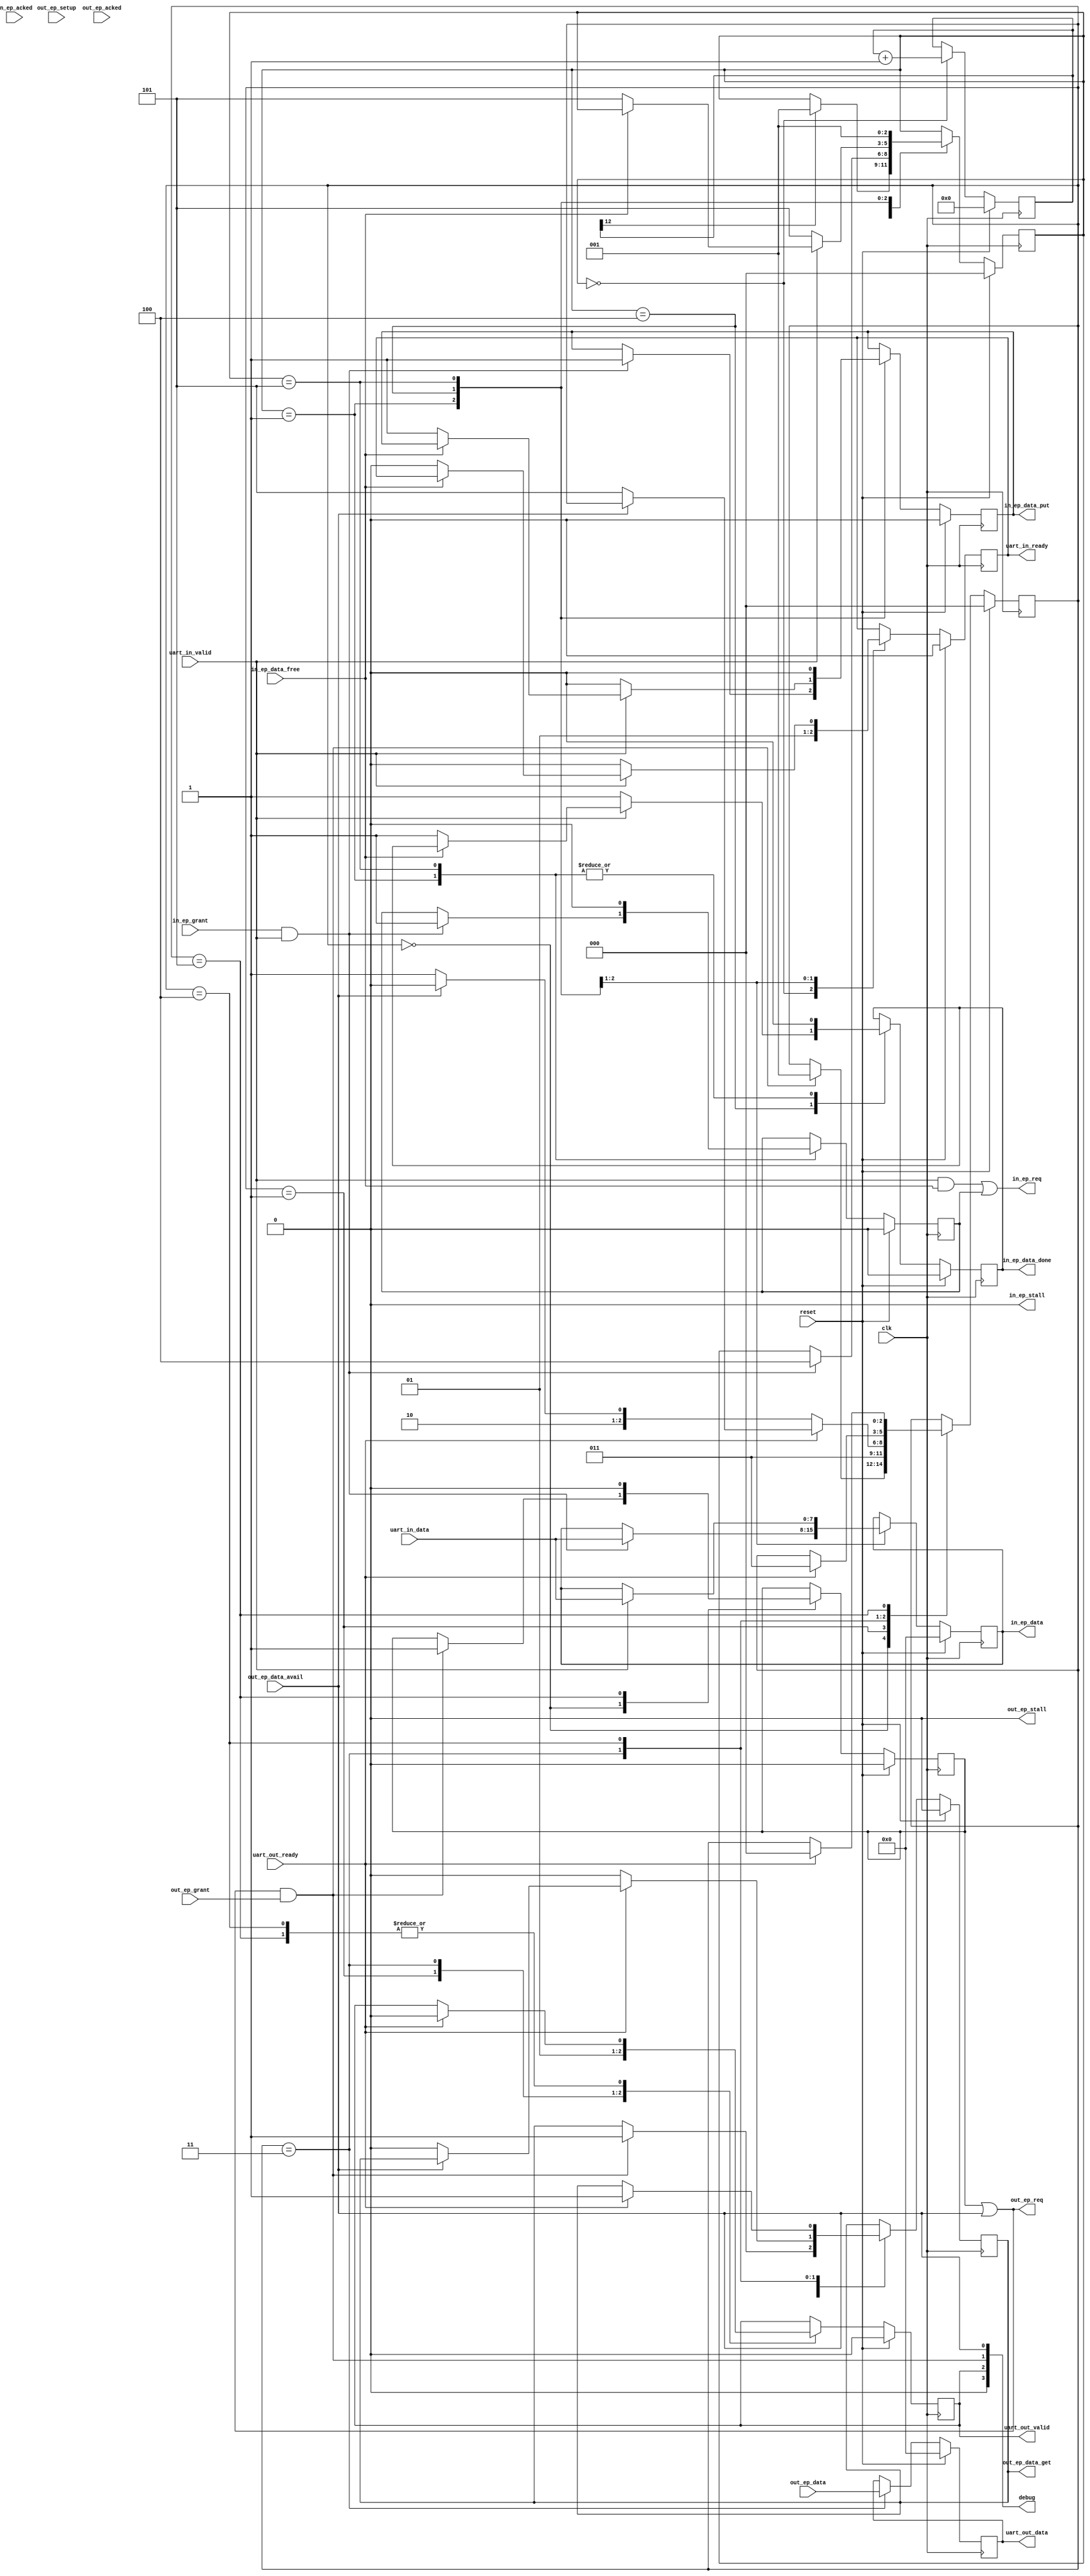
/*
    usb_uart_bridge_ep

    This is the endpoint to uart translator.  Two things to highlight:  the directions
    IN and OUT are set with respect to the HOST, and also the HOST runs all
    endpoint interactions.

    Pins

    The out endpoint interface.  This is the out w.r.t. the host, hence in to
    us.  There are request grant, data available and data get signals, stall and
    acked signals.  And the data itself.

    The in endpoint interface.  This is the in w.r.t. the host, hence out to us.
    This interface also has a req and grant.  There's a put signal and a free
    signal.  Stall and acked.  And the data.

    To get data in and out there are two pipeline interfaces - one in and one out.

    ToDo

    The arbitration code to mux the senders and receivers is combinatorial logic,
    not latched, so a cycle doesn't need to be spent on them.

        wire uart_byte_out_xfr_ready = out_ep_grant && out_ep_data_avail;
        wire uart_byte_in_xfr_ready = in_ep_grant && in_ep_data_free;

    We can just test this one thing.  Note this means we do not have to release it.

    In the original, endpoints are used to read and write at the same time (SPI traffic)
    so it is certainly possible.  It looks like they're even doing single cycle
    stuff, so there's some magic happening that we're not doing here.  Sadly a lot
    of the flow is implemented in combinatorial logic without training wheel
    comments so it's a little opaque to the uninitiated.

*/

module usb_uart_bridge_ep (
  input clk,
  input reset,

  ////////////////////
  // out endpoint interface
  ////////////////////
  output out_ep_req,               // request the data interface for the out endpoint
  input out_ep_grant,              // data interface granted
  input out_ep_data_avail,         // flagging data available to get from the host
  input out_ep_setup,              // [setup packet sent? - not used here]
  output out_ep_data_get,          // request to get the data - note this takes 2 cycles
  input [7:0] out_ep_data,         // data from the host
  output out_ep_stall,             // an output enabling the device to stop inputs
  input out_ep_acked,              // indicating that the outgoing data was acked

  ////////////////////
  // in endpoint interface
  ////////////////////
  output in_ep_req,                // request the data interface for the in endpoint
  input in_ep_grant,               // data interface granted
  input in_ep_data_free,           // end point is ready for data
  output in_ep_data_put,           // forces end point to read our data
  output [7:0] in_ep_data,         // data back to the host
  output in_ep_data_done,          // signalling that we're done sending data
  output in_ep_stall,              // an output enabling the device to stop outputs
  input in_ep_acked,               // indicating that the outgoing data was acked

  // uart pipeline in
  input [7:0] uart_in_data,
  input       uart_in_valid,
  output      uart_in_ready,

  // uart pipeline out
  output [7:0] uart_out_data,
  output       uart_out_valid,
  input        uart_out_ready,

  output [3:0] debug
);

  // We don't stall
  assign out_ep_stall = 1'b0;
  assign in_ep_stall = 1'b0;

  // Registers for the out pipeline (out of the module)
  reg [7:0] uart_out_data_reg;
  reg [7:0] uart_out_data_overflow_reg;
  reg       uart_out_valid_reg;

  // registers for the out end point (out of the host)
  reg       out_ep_req_reg;
  reg       out_ep_data_get_reg;

  // out pipeline / out endpoint state machine state (6 states -> 3 bits)
  reg [2:0] pipeline_out_state;

  localparam PipelineOutState_Idle         = 0;
  localparam PipelineOutState_WaitData     = 1;
  localparam PipelineOutState_GetData      = 2;
  localparam PipelineOutState_PushData     = 3;
  localparam PipelineOutState_Overflow     = 4;
  localparam PipelineOutState_WaitPipeline = 5;

  // connect the pipeline registers to the outgoing pins
  assign uart_out_data = uart_out_data_reg;
  assign uart_out_valid = uart_out_valid_reg;

  // connect the end point registers to the outgoing pins
  assign out_ep_req = ( out_ep_req_reg || out_ep_data_avail );

  wire out_granted_data_available;

  assign out_granted_data_available = out_ep_req && out_ep_grant;

  assign out_ep_data_get = out_ep_data_get_reg;

  // Handle the bus requesting and granting combinatorially
  // ... someday

  // do HOST OUT, DEVICE IN, PIPELINE OUT (!)
  always @(posedge clk) begin
      if ( reset ) begin
          pipeline_out_state <= PipelineOutState_Idle;
          uart_out_data_reg <= 0;
          uart_out_valid_reg <= 0;
          out_ep_req_reg <= 0;
          out_ep_data_get_reg <= 0;
      end else begin
          case( pipeline_out_state )
              PipelineOutState_Idle: begin
                  // waiting for pipeline ready and waiting for a character and bus granted
                  if ( out_granted_data_available ) begin
                      out_ep_data_get_reg <= 1;
                      out_ep_req_reg <= 1;
                      // now wait for the data to set up
                      pipeline_out_state <= PipelineOutState_WaitData;
                  end
              end
              PipelineOutState_WaitData: begin
                  uart_out_valid_reg <= 0;
                  // it takes one cycle for the juices to start flowing
                  pipeline_out_state <= PipelineOutState_PushData;
              end
              // PipelineOutState_GetData: begin
              //     uart_out_data_reg <= out_ep_data;
              //     uart_out_valid_reg <= 1;
              //     pipeline_out_state <= PipelineOutState_PushData;
              // end
              PipelineOutState_PushData: begin
                  // now we really have got some data
                  uart_out_data_reg <= out_ep_data;
                  uart_out_valid_reg <= 1;
                  // But what's next?
                  if ( uart_out_ready ) begin
                      // We continue!
                      // but what if there's no more?
                      if ( ~out_ep_data_avail ) begin
                          // stop streaming, now just going to wait until the character is accepted
                          out_ep_data_get_reg <= 0;
                          pipeline_out_state <= PipelineOutState_WaitPipeline;
                      end
                  end else begin
                      // hold the sender up
                      out_ep_data_get_reg <= 0;
                      // go to overflow state
                      if ( ~out_ep_data_avail ) begin
                          pipeline_out_state <= PipelineOutState_WaitPipeline;
                      end else begin
                          pipeline_out_state <= PipelineOutState_Overflow;
                      end
                  end
              end
              PipelineOutState_Overflow: begin
                  if ( uart_out_ready ) begin
                      uart_out_valid_reg <= 0;
                      out_ep_data_get_reg <= 1;
                      pipeline_out_state <= PipelineOutState_PushData;
                  end
              end
              PipelineOutState_WaitPipeline: begin
                  // unhand the bus (don't want to block potential incoming) - be careful, this works instantly!
                  out_ep_req_reg <= 0;
                  if ( uart_out_ready ) begin
                      uart_out_valid_reg <= 0;
                      pipeline_out_state <= PipelineOutState_Idle;
                  end

              end

          endcase
      end
  end

  reg [7:0] pipeline_in_data;

  // in pipeline ready register
  reg       uart_in_ready_reg;

  // in endpoint control & data registers
  reg       in_ep_req_reg;
  reg       in_ep_data_put_reg;
  reg       in_ep_data_done_reg;
  reg [7:0] in_ep_data_reg;

  // in pipeline / in endpoint state machine state (5 states -> 3 bits)
  reg [2:0] pipeline_in_state;

  localparam PipelineInState_InHoldOff = 0;
  localparam PipelineInState_Idle      = 1;
  localparam PipelineInState_WaitBus   = 2;
  localparam PipelineInState_WaitData  = 3;
  localparam PipelineInState_CycleData = 4;
  localparam PipelineInState_WaitEP    = 5;

  // connect the pipeline register to the outgoing pin
  assign uart_in_ready = uart_in_ready_reg;

  // connect the end point registers to the outgoing pins
  assign in_ep_req = ( uart_in_valid && in_ep_data_free ) || in_ep_req_reg;

  wire in_granted_in_valid = in_ep_grant && uart_in_valid;

  assign in_ep_data_put = in_ep_data_put_reg;
  assign in_ep_data_done = in_ep_data_done_reg;
  assign in_ep_data = in_ep_data_reg;

  //eg uart_in_valid_fake;
  reg [12:0] in_hold_off;

  // do PIPELINE IN, Device OUT, Host IN
  always @(posedge clk) begin
      //uart_in_valid_fake <= 0;
      if ( reset ) begin
          // pipeline_in_state <= PipelineInState_Idle;
          pipeline_in_state <= PipelineInState_InHoldOff;
          // pipeline_in_data <= 0;
          uart_in_ready_reg <= 0;
          in_ep_req_reg <= 0;
          in_ep_data_put_reg <= 0;
          in_ep_data_done_reg <= 0;
          in_ep_data_reg <= 0;
          in_hold_off <= 0;
      end else begin
          case( pipeline_in_state )
              PipelineInState_InHoldOff:  begin
              uart_in_ready_reg <= 0;
                in_hold_off <= in_hold_off + 1;
                if ( in_hold_off[ 12 ] )
                    pipeline_in_state <= PipelineInState_Idle;
              end
              PipelineInState_Idle: begin
                  uart_in_ready_reg <= 1;
                  in_ep_data_done_reg <= 0;
                  // what if the bus was NOT granted... need to catch the lost char
                  if ( in_granted_in_valid  ) begin
                      // confirm request bus - this will hold the request up until we're done with it
                      in_ep_req_reg <= 1;

                      // data is valid
                      in_ep_data_reg <= uart_in_data;
                      in_ep_data_put_reg <= 1;

                      pipeline_in_state <= PipelineInState_CycleData;
                  end
              end
              PipelineInState_CycleData: begin

                  if  (uart_in_valid ) begin
                      // got the bus put data
                      // data is valid
                      in_ep_data_reg <= uart_in_data;

                      if ( ~in_ep_data_free ) begin
                          // we have this extra byte now
                          uart_in_ready_reg <= 0;

                          in_ep_data_put_reg <= 1;

                          // no need to "DONE" now
                          in_ep_data_done_reg <= 1;

                          pipeline_in_state <= PipelineInState_WaitEP;
                      end

                  end else begin
                      // signal that we're now done reading / writing
                      uart_in_ready_reg <= 0;

                      in_ep_data_put_reg <= 0;

                      in_ep_data_done_reg <= 1;

                      pipeline_in_state <= PipelineInState_WaitEP;
                 end
              end
              PipelineInState_WaitEP: begin
                  in_ep_data_put_reg <= 0;
                  in_ep_data_done_reg <= 0;

                  // back to idle
                  pipeline_in_state <= PipelineInState_Idle;
                  // release the bus
                  in_ep_req_reg <= 0;
              end
          endcase
      end
  end


  // Debug port
  // output debug data
  // assign debug = { /*in_ep_data_done,*/ in_ep_data_put_reg, in_ep_req_reg, uart_in_valid, uart_in_ready };  // this has worked GREAT
  // in & pipeline debug data
  // assign debug = { uart_in_valid, uart_out_valid_reg, out_ep_data_get_reg, out_ep_data_avail };
  // in debug data
  // assign debug = { uart_out_ready, out_ep_data_get, out_ep_grant, out_ep_data_avail }; // unhappy
  // (worked) assign debug = { 1'b0, out_ep_data_get, out_ep_grant, out_ep_data_avail };
  // assign debug = { uart_in_ready, out_ep_data_get, out_ep_grant, out_ep_data_avail };  // this has worked (port there... missing some daata?)
  // assign debug = 0;  // this has worked (port there... missing some daata?) // this has also resulted in no port

  // assign debug = { /*in_ep_data_done,*/ in_ep_data_put_reg, in_ep_req_reg, uart_in_valid, uart_in_ready }; // works great
  // assign debug = { /*in_ep_data_done,*/ in_ep_data_put_reg, in_ep_req_reg, uart_in_valid, 1'b0 }; // works great
  // assign debug = { /*in_ep_data_done,*/ in_ep_data_put_reg, in_ep_req_reg, 2'b00 }; // works great
  // assign debug = { /*in_ep_data_done,*/ in_ep_data_put_reg, 3'b000 };   // works great
  //  assign debug = {  out_ep_req_reg, out_ep_data_avail, reset, clk };
  // assign debug = {  4'b0000 }; // No serial port
  // assign debug = {  1'b0, pipeline_in_state };  // works great

  // post creating debug buffers.
  // assign debug = {  pipeline_out_state };
  // assign debug = {  4'b0000 }; // Serial port! Data a little crappy (glitch on full)

  // post fixing the loops (nothing works!)

  // assign debug = { 1'b0, uart_out_valid_reg, out_ep_req, out_ep_data_avail };
  assign debug = { 1'b0, uart_out_valid_reg, out_granted_data_available, out_ep_data_avail };


endmodule